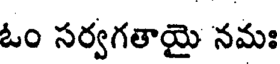
ఓం సర్వగతాయై నమః